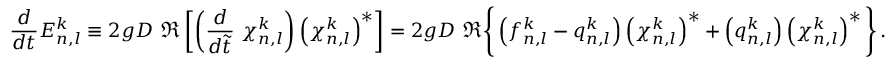
\frac { d } { d t } E _ { n , l } ^ { k } \equiv 2 g D \ \Re \left[ \left( \frac { d } { d \Tilde { t } } \ \chi _ { n , l } ^ { k } \right) \left( \chi _ { n , l } ^ { k } \right) ^ { * } \right] = 2 g D \ \Re \Bigg \{ \left( f _ { n , l } ^ { k } - q _ { n , l } ^ { k } \right) \left( \chi _ { n , l } ^ { k } \right) ^ { * } + \left( q _ { n , l } ^ { k } \right) \left( \chi _ { n , l } ^ { k } \right) ^ { * } \Bigg \} \, .